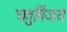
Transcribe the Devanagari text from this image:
चतुर्विजय